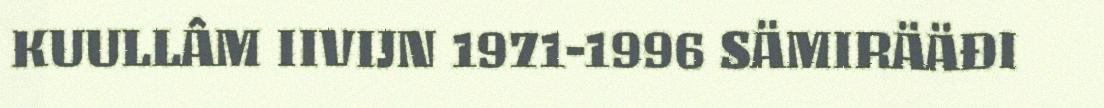
KUULLÂM IIVIJN 1971-1996 SÄMIRÄÄĐI